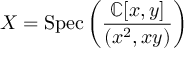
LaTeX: X = { \mathrm { S p e c } } \left( { \frac { \mathbb { C } [ x , y ] } { ( x ^ { 2 } , x y ) } } \right)